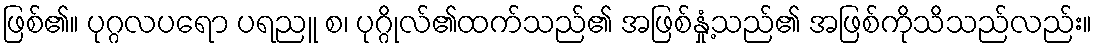
ဖြစ်၏။ ပုဂ္ဂလပရော ပရညူ စ၊ ပုဂ္ဂိုလ်၏ထက်သည်၏ အဖြစ်နှုံ့သည်၏ အဖြစ်ကိုသိသည်လည်း။